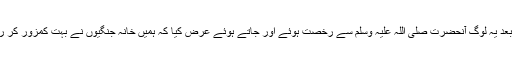
اس کے بعد یہ لوگ آنحضرت صلی اللہ علیہ وسلم سے رخصت ہوئے اور جاتے ہوئے عرض کیا کہ ہمیں خانہ جنگیوں نے بہت کمزور کر رکھا ہے۔